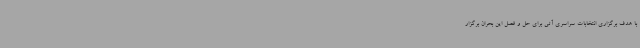
با هدف برگزاری انتخابات سراسری آتی برای حل و فصل این بحران برگزار